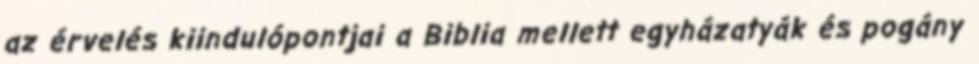
az érvelés kiindulópontjai a Biblia mellett egyházatyák és pogány